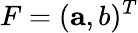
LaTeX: F=({\mathbf{a}},b)^{T}